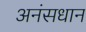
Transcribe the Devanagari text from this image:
अनंसधान